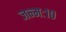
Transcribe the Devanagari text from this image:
जन्मः१०